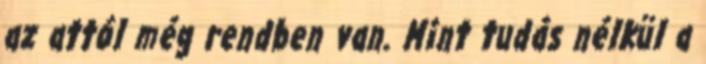
az attól még rendben van. Mint tudás nélkül a